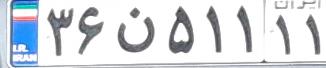
۳۶ن۵۱۱۱۱